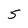
Character: 5